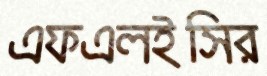
এফএলইসির